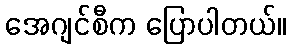
အေဂျင်စီက ပြောပါတယ်။